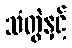
သံတွဲနှင့်